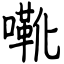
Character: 㗾